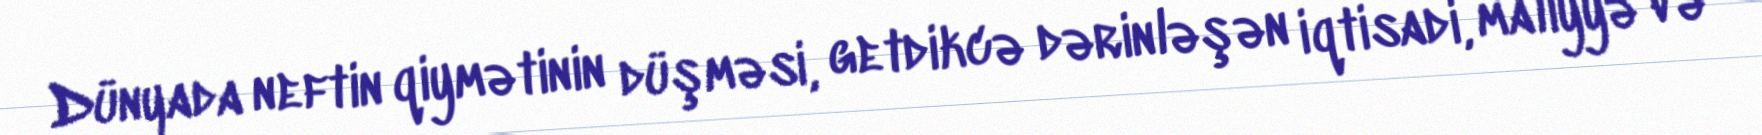
Dünyada neftin qiymətinin düşməsi, getdikcə dərinləşən iqtisadi, maliyyə və